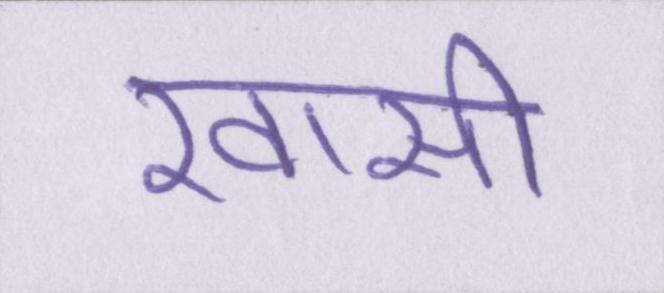
खासी